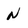
Character: N